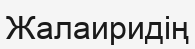
Жалаиридің